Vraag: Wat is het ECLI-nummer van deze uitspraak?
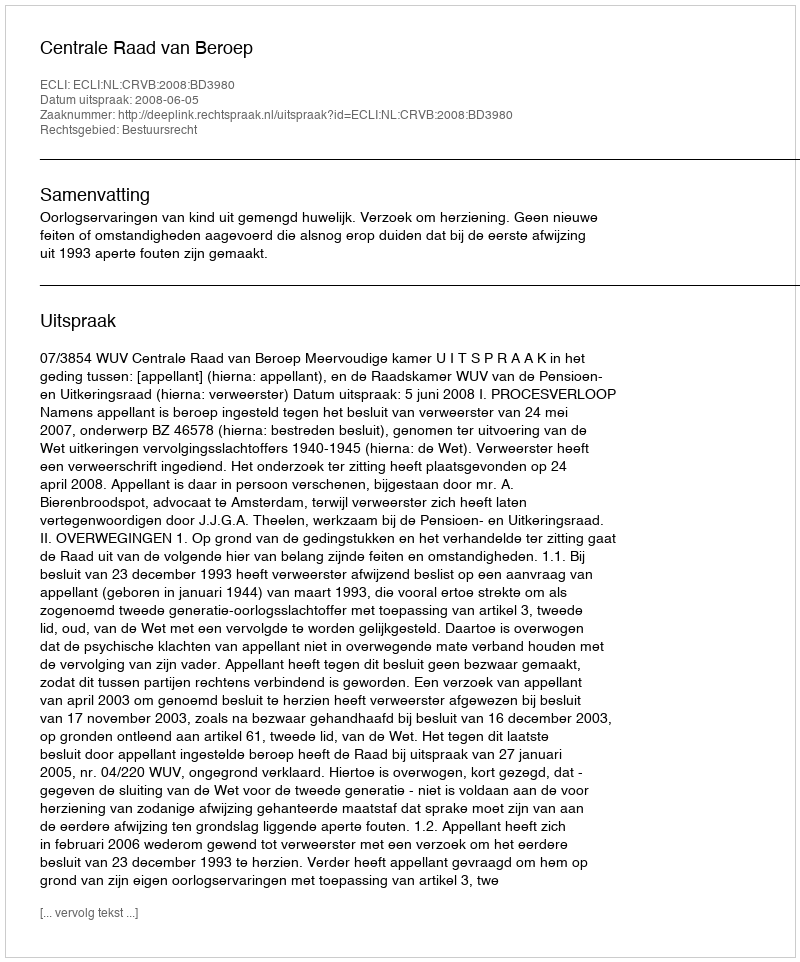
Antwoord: ECLI:NL:CRVB:2008:BD3980